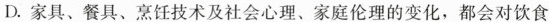
D.家具、餐具、烹饪技术及社会心理、家庭伦理的变化，都会对饮食